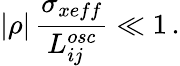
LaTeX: |\rho|\, \frac{\sigma_{xeff}}{L_{ij}^{osc}}\ll 1\, .